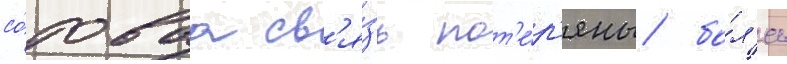
со́товаа св'я́зь пот'е́р'яны бо́л'ее